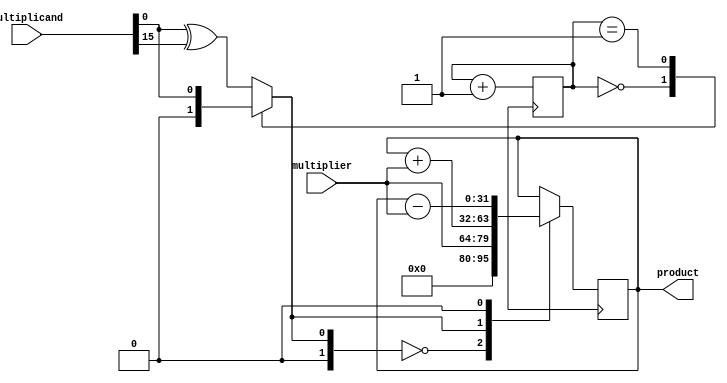
module booth_multiplier (
   input [15:0] multiplicand,
   input [15:0] multiplier,
   output [31:0] product
);

reg [31:0] product_reg;
wire [15:0] a, b;
reg [4:0] count;
reg [1:0] control;

// Assign the multiplicand and multiplier values
assign a = multiplicand;
assign b = multiplier;

// Control logic for Booth encoding
always @(*) begin
   case (count)
      0: control = 2'b00;
      1: control = a[0:0];
      default: control = a[0:0] ^ a[15:15];
   endcase
end

// 16-bit Booth multiplier implementation
always @(posedge clk) begin
   case (control)
      2'b00: product_reg <= {16'b0, b};
      2'b01: product_reg <= product_reg + {16'b0, b};
      2'b10: product_reg <= product_reg - {16'b0, b};
   endcase
   count <= count + 1;
end

assign product = product_reg;

endmodule